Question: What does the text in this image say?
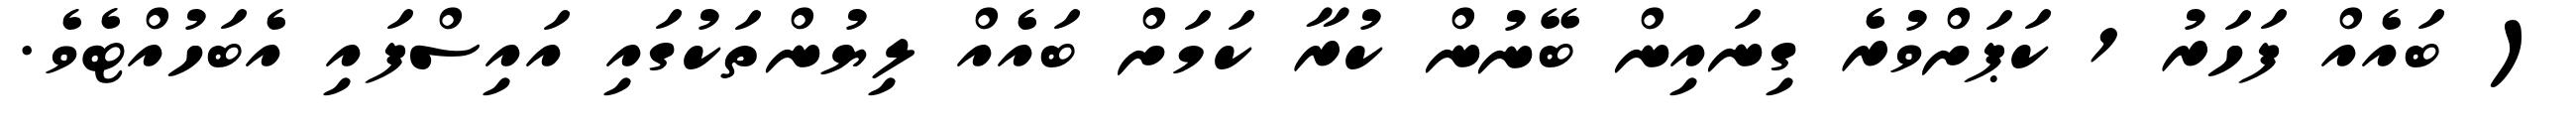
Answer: ( ބައެއް ފަހަރު 1 ކަޕަށްވުރެ ގިނައިން ބޭނުން ކުރާ ކަމަށް ބައެއް ލިޔުންތަކުގައި އައިސްފައި އެބަހުއްޓެވެ.